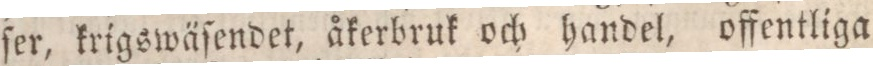
ſer, krigswäſendet, åkerbruk och handel, offentliga